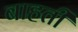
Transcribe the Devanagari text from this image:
बाहती